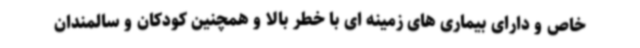
خاص و دارای بیماری های زمینه ای با خطر بالا و همچنین کودکان و سالمندان